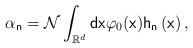
LaTeX: \begin{align*}\alpha _{\mathsf{n}}=\mathcal{N}\int_{\mathbb{R}^{d}}\mathsf{dx}\varphi _{0}(\mathsf{x})\mathsf{h}_{\mathsf{n}}\left( \mathsf{x}\right) ,\end{align*}